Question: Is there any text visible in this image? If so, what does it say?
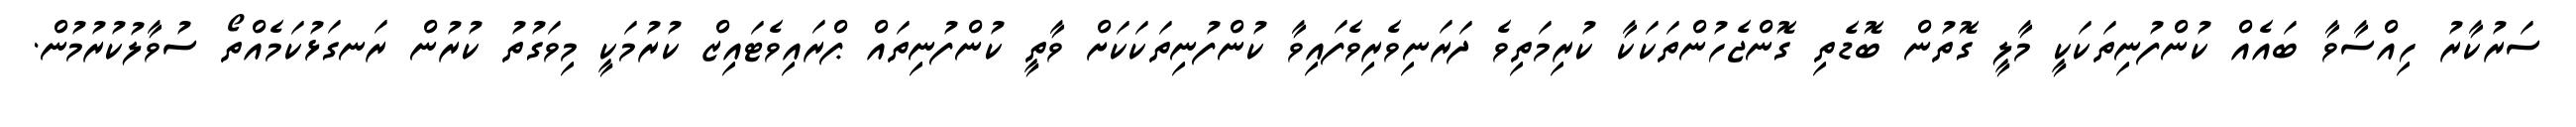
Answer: ސަރުކާރު ހިއްސާވާ ބައެއް ކުންފުނިތަކަކީ މާލީ ގޮތުން ބޮޑެތި ގޮންޖެހުންތަކަކާ ކުރިމަތިވެ ދަރަނިވެރިވެފައިވާ ކުންފުނިތަކަކަށް ވާތީ ކުންފުނިތައް ޕްރައިވެޓައިޒް ކުރުމަކީ މިވަގުތު ކުރުން ރަނގަޅުކަމެއްތޯ ސުވާލުކުރުމުން.